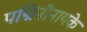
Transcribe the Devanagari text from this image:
पद्मिनीनायके